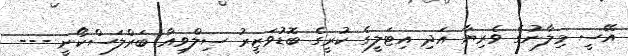
އޭސީ މިލާނުގެ ވެރިޔާ އަދި އިޓަލީގެ ކުރީގެ ބޮޑުވަޒީރު ސިލްވިއާ ބަރްލަސްކޯނީ ---